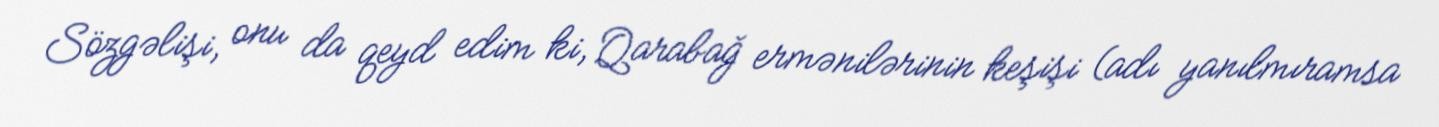
Sözgəlişi, onu da qeyd edim ki, Qarabağ ermənilərinin keşişi (adı yanılmıramsa